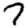
Digit: 7